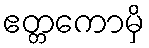
ဧတ္တကောမှိ